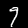
Digit: 9